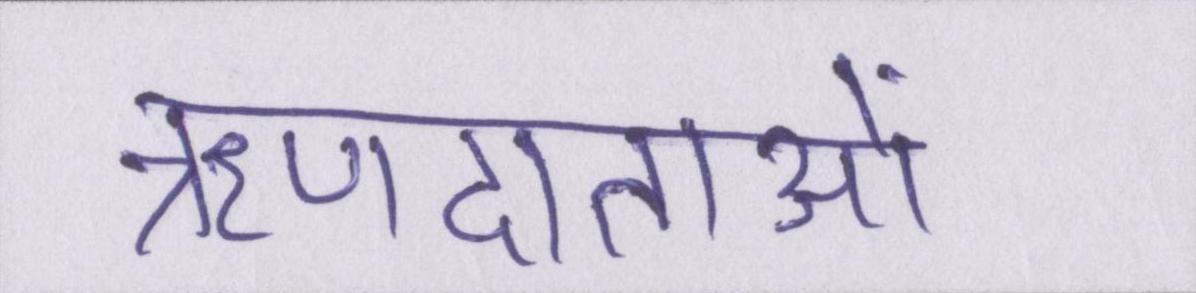
ऋणदाताओं